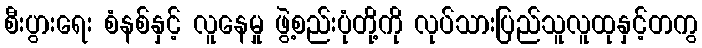
စီးပွားရေး စံနစ်နှင့် လူနေမှု ဖွဲ့စည်းပုံတို့ကို လုပ်သားပြည်သူလူထုနှင့်တကွ